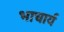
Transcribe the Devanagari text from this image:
भाचार्य